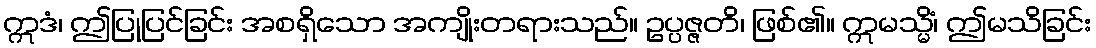
ဣဒံ၊ ဤပြုပြင်ခြင်း အစရှိသော အကျိုးတရားသည်။ ဥပ္ပဇ္ဇတိ၊ ဖြစ်၏။ ဣမသ္မိံ၊ ဤမသိခြင်း